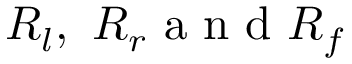
R _ { l } , \ R _ { r } \mathrm { ~ a ~ n ~ d ~ } R _ { f }